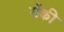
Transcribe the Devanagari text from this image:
रोंकी